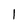
Character: I